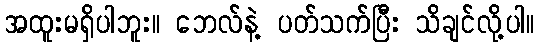
အထူးမရှိပါဘူး။ ဘေလ်နဲ့ ပတ်သက်ပြီး သိချင်လို့ပါ။